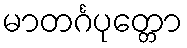
မာတင်္ဂပုတ္တော